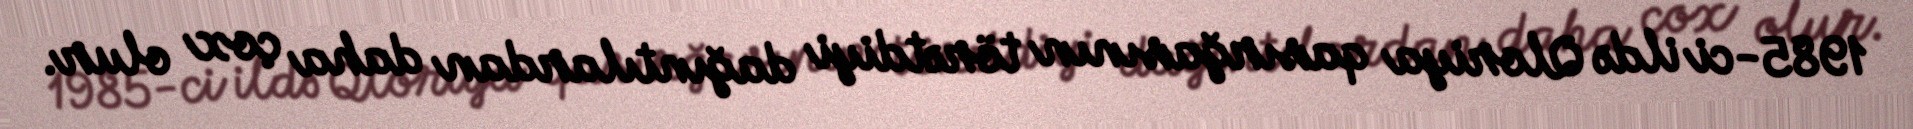
1985-ci ildə Qloriya qasırğasının törətdiyi dağıntılardan daha çox olur.